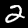
Label: 2